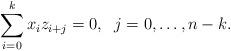
LaTeX: \begin{align*}\sum_{i=0}^k x_iz_{i+j} = 0, \; \; j=0, \ldots , n-k.\end{align*}